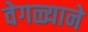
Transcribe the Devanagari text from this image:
वेगळ्याने